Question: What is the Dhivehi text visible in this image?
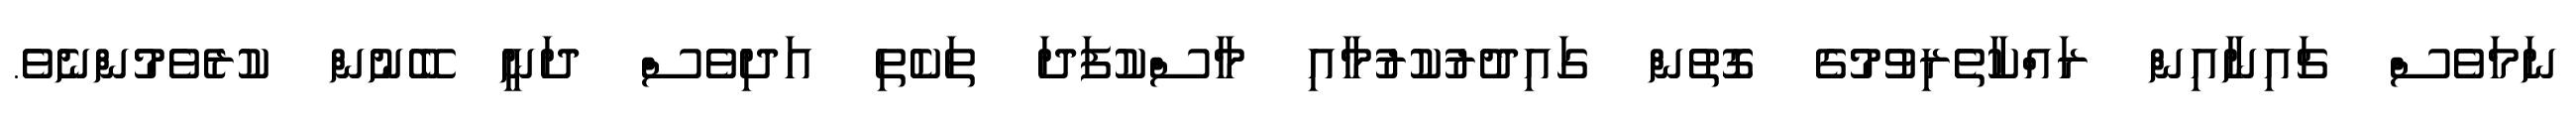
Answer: ނަމަވެސް ޗައިނާއިން ރައްކާތެރިވުމުގެ ގޮތުން ގައިދުރުކުރުމާއި މާސްކުފަދަ ތަކެތި އަދިވެސް ދަނީ ބޭނުން ކުރެވެމުންނެވެ.